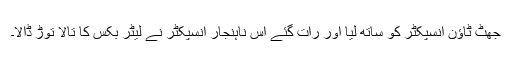
جھٹ ٹاﺅن انسپکٹر کو ساتھ لیا اور رات گئے اس ناہنجار انسپکٹر نے لیٹر بکس کا تالا توڑ ڈالا۔